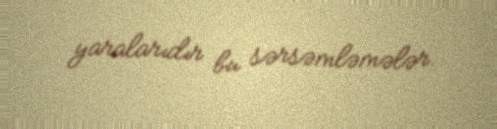
yaralarıdır bu sərsəmləmələr.